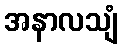
အနာလသျံ